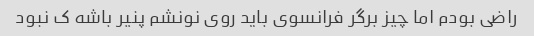
راضی بودم اما چیز برگر فرانسوی باید روی نونشم پنیر باشه ک نبود